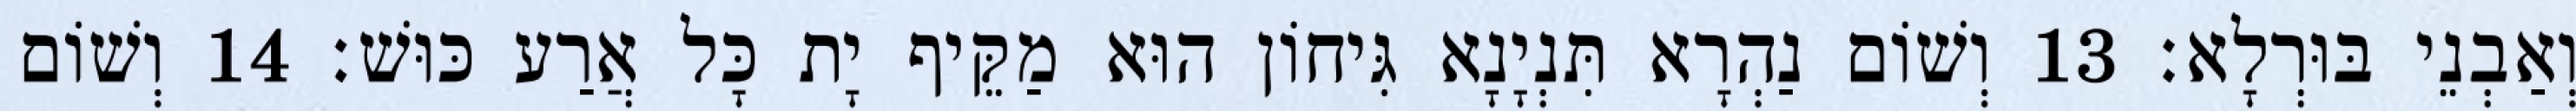
וְאַבְנֵי בּוּרְלָא׃ 13 וְשׁוֹם נַהְרָא תִּנְיָנָא גִּיחוֹן הוּא מַקֵּיף יָת כָּל אֲרַע כּוּשׁ׃ 14 וְשׁוֹם